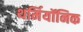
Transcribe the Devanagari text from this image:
थर्मियॉनिक